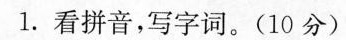
1.看拼音，写字词。(10分)